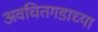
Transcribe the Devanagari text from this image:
अवचितगडाच्या